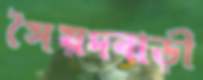
সৈয়দবাড়ী